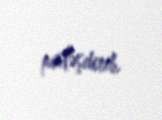
pisləşdirib.